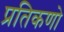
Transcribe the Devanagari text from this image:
प्रतिकणो